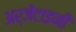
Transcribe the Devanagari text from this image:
अर्जेंटाइनी